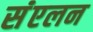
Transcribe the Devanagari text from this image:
संंएलन